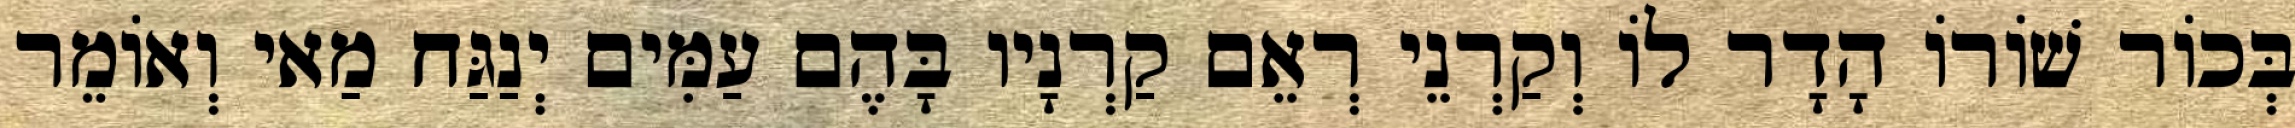
בְּכוֹר שׁוֹרוֹ הָדָר לוֹ וְקַרְנֵי רְאֵם קַרְנָיו בָּהֶם עַמִּים יְנַגַּח מַאי וְאוֹמֵר